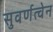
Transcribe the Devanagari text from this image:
सुवर्णत्वेन